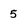
Character: 5